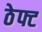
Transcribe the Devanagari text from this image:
ठेफ्ट